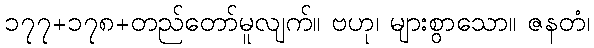
၁၇၇+၁၇၈+တည်တော်မူလျက်။ ဗဟု၊ များစွာသော။ ဇနတံ၊